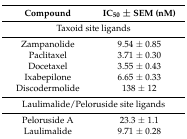
| Compound | IC50 ± SEM (nM) |
 | --- | --- |
 | <COLSPAN=2> Taxoid site ligands |
 | Zampanolide | 9.54 ± 0.85 |
 | Paclitaxel | 3.71 ± 0.30 |
 | Docetaxel | 3.55 ± 0.43 |
 | Ixabepilone | 6.65 ± 0.33 |
 | Discodermolide | 138 ± 12 |
 | <COLSPAN=2> Laulimalide/Peloruside site ligands |
 | Peloruside A | 23.3 ± 1.1 |
 | Laulimalide | 9.71 ± 0.28 |